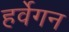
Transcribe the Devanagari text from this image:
हर्वेगन